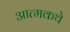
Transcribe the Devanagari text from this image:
आत्मकथे